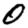
Digit: 0